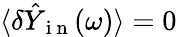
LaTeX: \langle\delta\hat{Y}_{\mathrm{~i~n~}}(\omega)\rangle=0